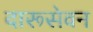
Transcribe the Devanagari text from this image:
दारूसेवन